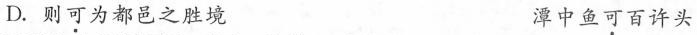
D.则可为都邑之胜境 潭中鱼可百许头